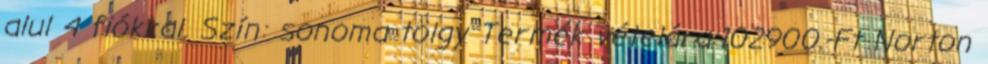
alul 4 fiókkal. Szín: sonoma tölgy Termék vételára:102900.-Ft Norton